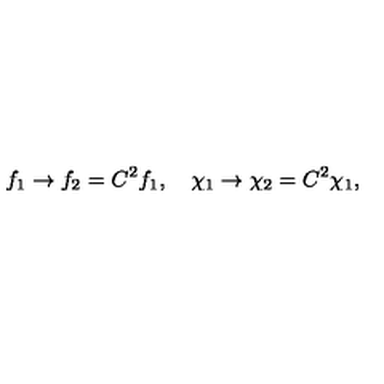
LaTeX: f _ { 1 } \rightarrow f _ { 2 } = C ^ { 2 } f _ { 1 } , \quad \chi _ { 1 } \rightarrow \chi _ { 2 } = C ^ { 2 } \chi _ { 1 } ,